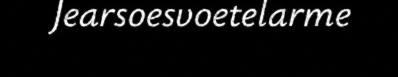
Jearsoesvoetelarme